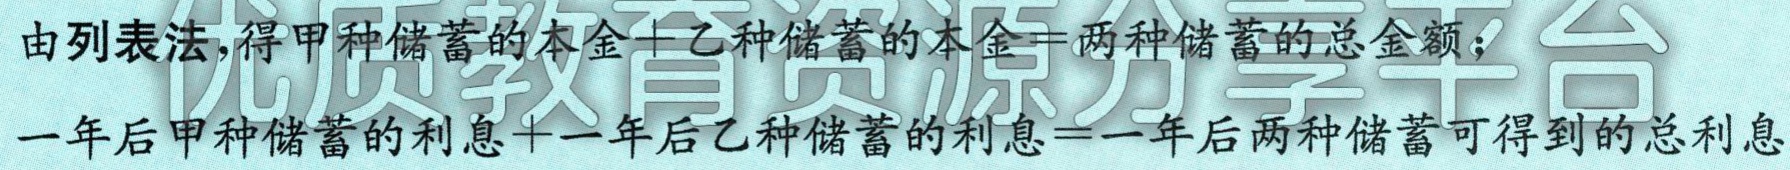
由列表法,得甲种储蓄的本金+乙种储蓄的本金=两种储蓄的总金额；

一年后甲种储蓄的利息+一年后乙种储蓄的利息=一年后两种储蓄可得到的总利息